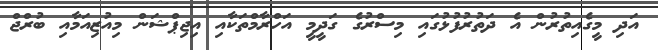
އަދި މީގެއިތުރުން އެ ދަތުރުފުޅުގައި މިސްރުގެ ގަދީމީ އަހްރާމްތަކާއި އިޖިޕްޝަން މިއުޒިއަމާއި ބުރްޖް